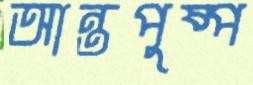
আন্তপুষ্প